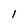
Character: l